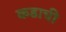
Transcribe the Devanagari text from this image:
कडाची